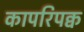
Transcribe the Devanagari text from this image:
कापरिपक्व